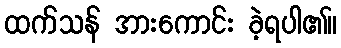
ထက်သန် အားကောင်း ခဲ့ရပါ၏။